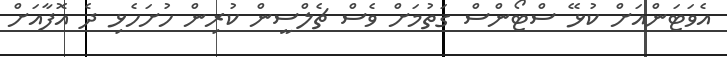
އެވަޓަންއަށް ކުޅޭ ސްޓޯންސް ގަތުމަށް ވެސް ޗެލްސީން ކުރިން ހުށަހެޅި ދެ އޮފާއަށް